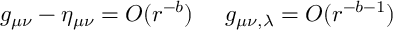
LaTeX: g _ { \mu \nu } - \eta _ { \mu \nu } = O ( r ^ { - b } ) \; \; \; \; \; g _ { \mu \nu , \lambda } = O ( r ^ { - b - 1 } )